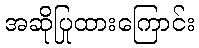
အဆိုပြုထားကြောင်း